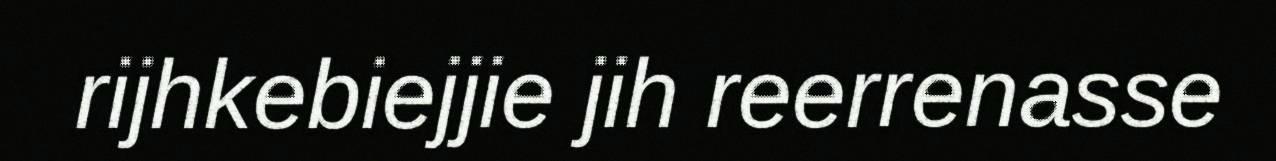
rijhkebiejjie jih reerrenasse